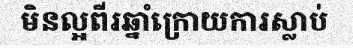
មិនល្អពីរឆ្នាំក្រោយការស្លាប់